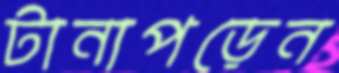
টানাপড়েন